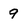
Character: 9